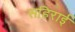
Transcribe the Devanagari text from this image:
सहिराई